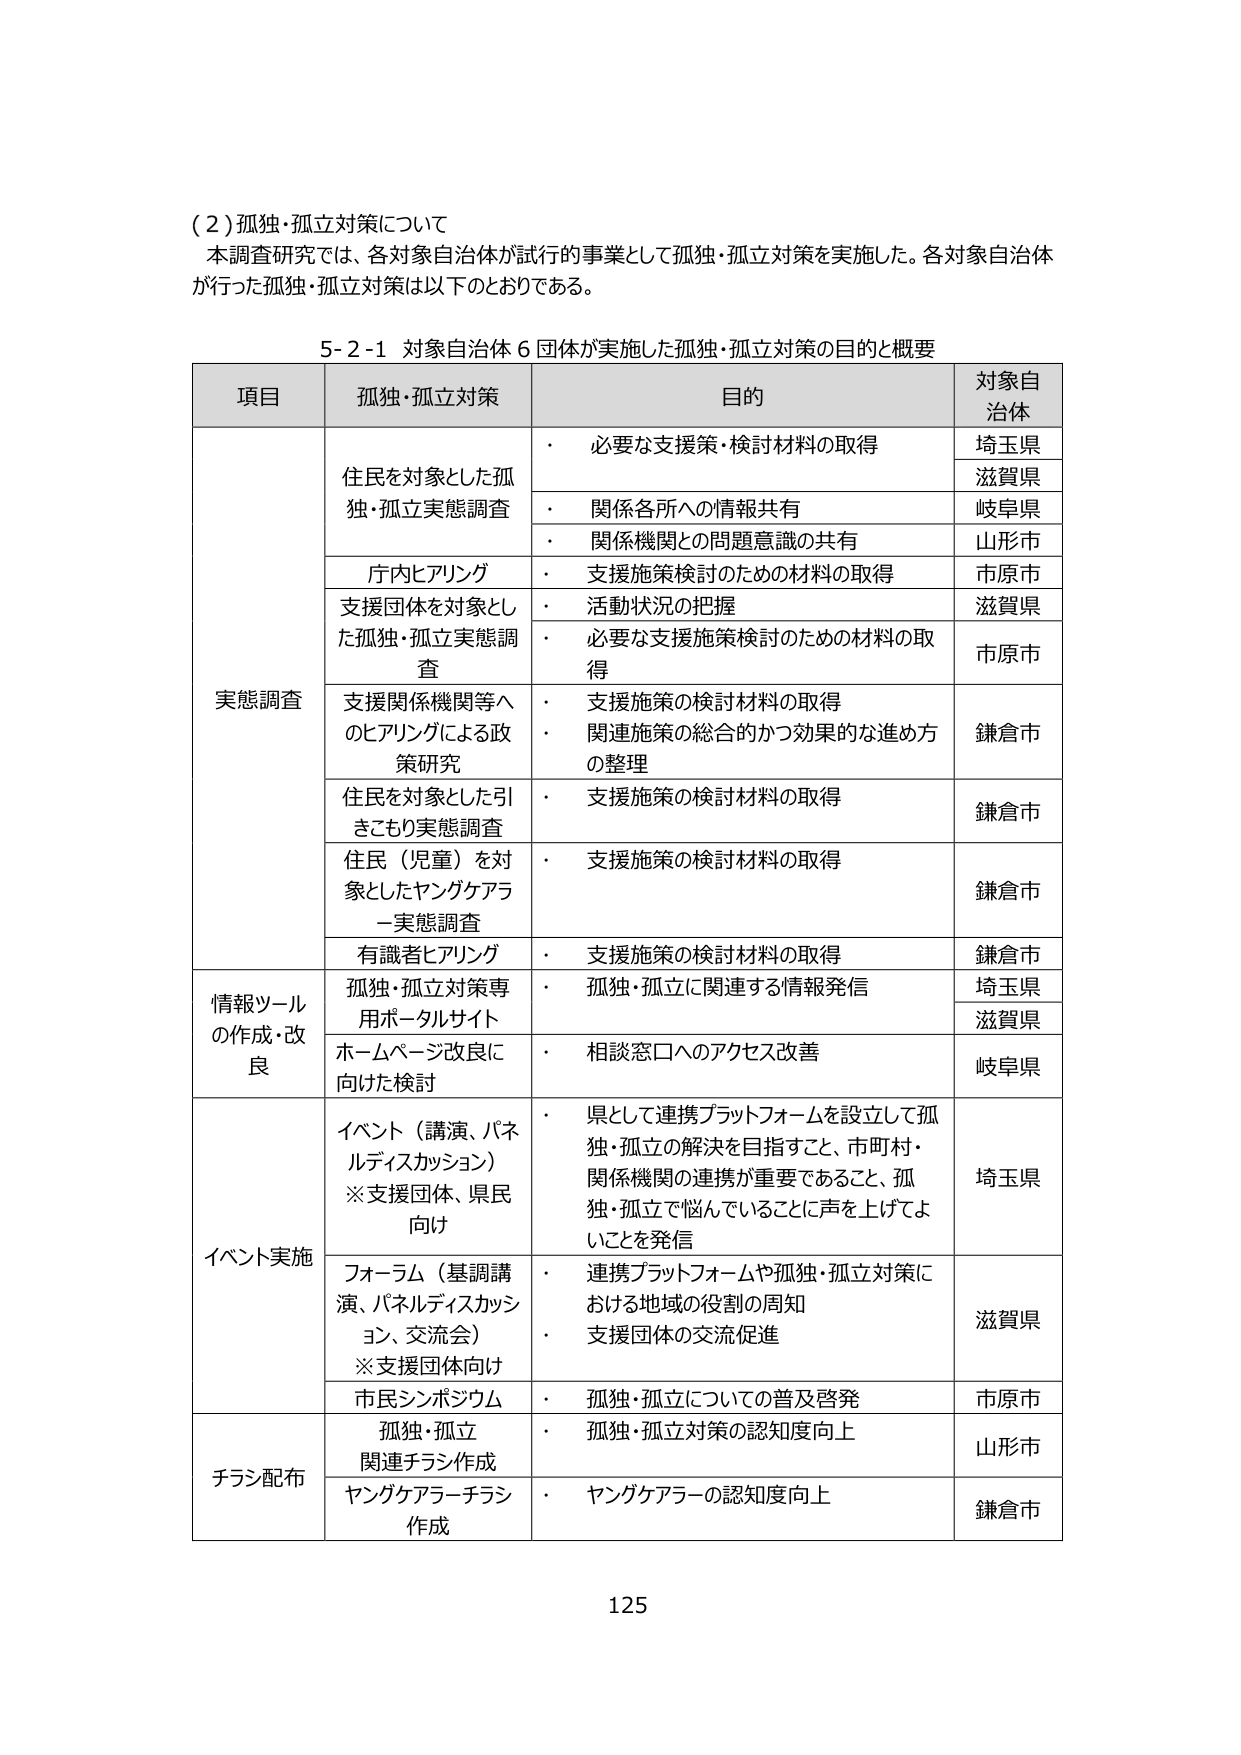
（２）孤独・孤立対策について
本調査研究では、各対象自治体が試行的事業として孤独・孤立対策を実施した。各対象自治体が行った孤独・孤立対策は以下のとおりである。

5-2-1 対象自治体６団体が実施した孤独・孤立対策の目的と概要

| 項目 | 孤独・孤立対策 | 目的 | 対象自治体 |
|------|----------------|------|------------|
| 実態調査 | 住民を対象とした孤独・孤立実態調査 | ・ 必要な支援策・検討材料の取得 | 埼玉県 |
| | | | 滋賀県 |
| | | ・ 関係各所への情報共有 | 岐阜県 |
| | | ・ 関係機関との問題意識の共有 | 山形市 |
| | 庁内ヒアリング | ・ 支援施策検討のための材料の取得 | 市原市 |
| | 支援団体を対象とした孤独・孤立実態調査 | ・ 活動状況の把握 | 滋賀県 |
| | | ・ 必要な支援施策検討のための材料の取得 | 市原市 |
| | 支援関係機関等へのヒアリングによる政策研究 | ・ 支援施策の検討材料の取得<br>・ 関連施策の総合的かつ効果的な進め方の整理 | 鎌倉市 |
| | 住民を対象とした引きこもり実態調査 | ・ 支援施策の検討材料の取得 | 鎌倉市 |
| | 住民（児童）を対象としたヤングケアラー実態調査 | ・ 支援施策の検討材料の取得 | 鎌倉市 |
| | 有識者ヒアリング | ・ 支援施策の検討材料の取得 | 鎌倉市 |
| 情報ツールの作成・改良 | 孤独・孤立対策専用ポータルサイト | ・ 孤独・孤立に関連する情報発信 | 埼玉県 |
| | | | 滋賀県 |
| | ホームページ改良に向けた検討 | ・ 相談窓口へのアクセス改善 | 岐阜県 |
| イベント実施 | イベント（講演、パネルディスカッション）<br>※支援団体、県民向け | ・ 県として連携プラットフォームを設立して孤独・孤立の解決を目指すこと、市町村・関係機関の連携が重要であること、孤独・孤立で悩んでいることに声を上げてよいことを発信 | 埼玉県 |
| | フォーラム（基調講演、パネルディスカッション、交流会）<br>※支援団体向け | ・ 連携プラットフォームや孤独・孤立対策における地域の役割の周知<br>・ 支援団体の交流促進 | 滋賀県 |
| | 市民シンポジウム | ・ 孤独・孤立についての普及啓発 | 市原市 |
| チラシ配布 | 孤独・孤立関連チラシ作成 | ・ 孤独・孤立対策の認知度向上 | 山形市 |
| | ヤングケアラーチラシ作成 | ・ ヤングケアラーの認知度向上 | 鎌倉市 |

125